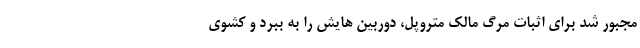
مجبور شد برای اثبات مرگ مالک متروپل، دوربین هایش را به ببرد و کشوی